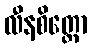
လီနစိတ္တော